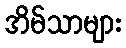
အိမ်သာများ